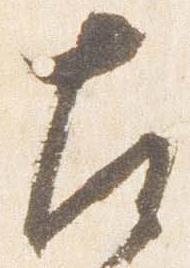
左